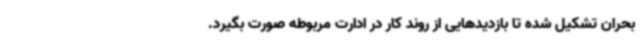
بحران تشکیل شده تا بازدیدهایی از روند کار در ادارت مربوطه صورت بگیرد.